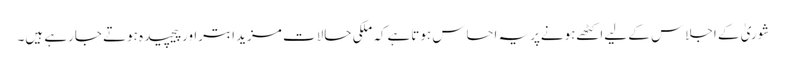
شوریٰ کے اجلاس کے لیےاکٹھےہونےپریہ احساس ہوتاہےکہ ملکی حالات مزید ابتراورپیچیدہ ہوتے جارہے ہیں۔